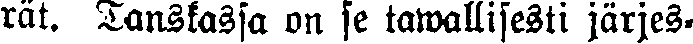
rät. Tanskassa on se tawallisesti järjes-